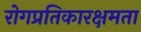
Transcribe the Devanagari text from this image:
रोगप्रतिकारक्षमता